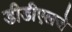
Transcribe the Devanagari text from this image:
डीडीएलजे